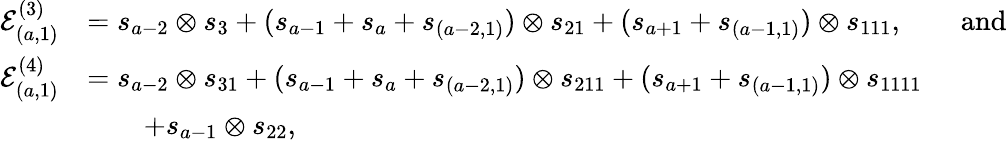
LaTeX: \begin{array}{rl}{\mathcal{E}_{(a,1)}^{(3)}}&{=s_{a-2}\otimes s_{3}+(s_{a-1}+s_{a}+s_{(a-2,1)})\otimes s_{21}+(s_{a+1}+s_{(a-1,1)})\otimes s_{111},\qquad\mathrm{and}}\\ {\mathcal{E}_{(a,1)}^{(4)}}&{=s_{a-2}\otimes s_{31}+(s_{a-1}+s_{a}+s_{(a-2,1)})\otimes s_{211}+(s_{a+1}+s_{(a-1,1)})\otimes s_{1111}}\\ &{\qquad+s_{a-1}\otimes s_{22},}\end{array}